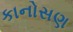
કાનોસણ